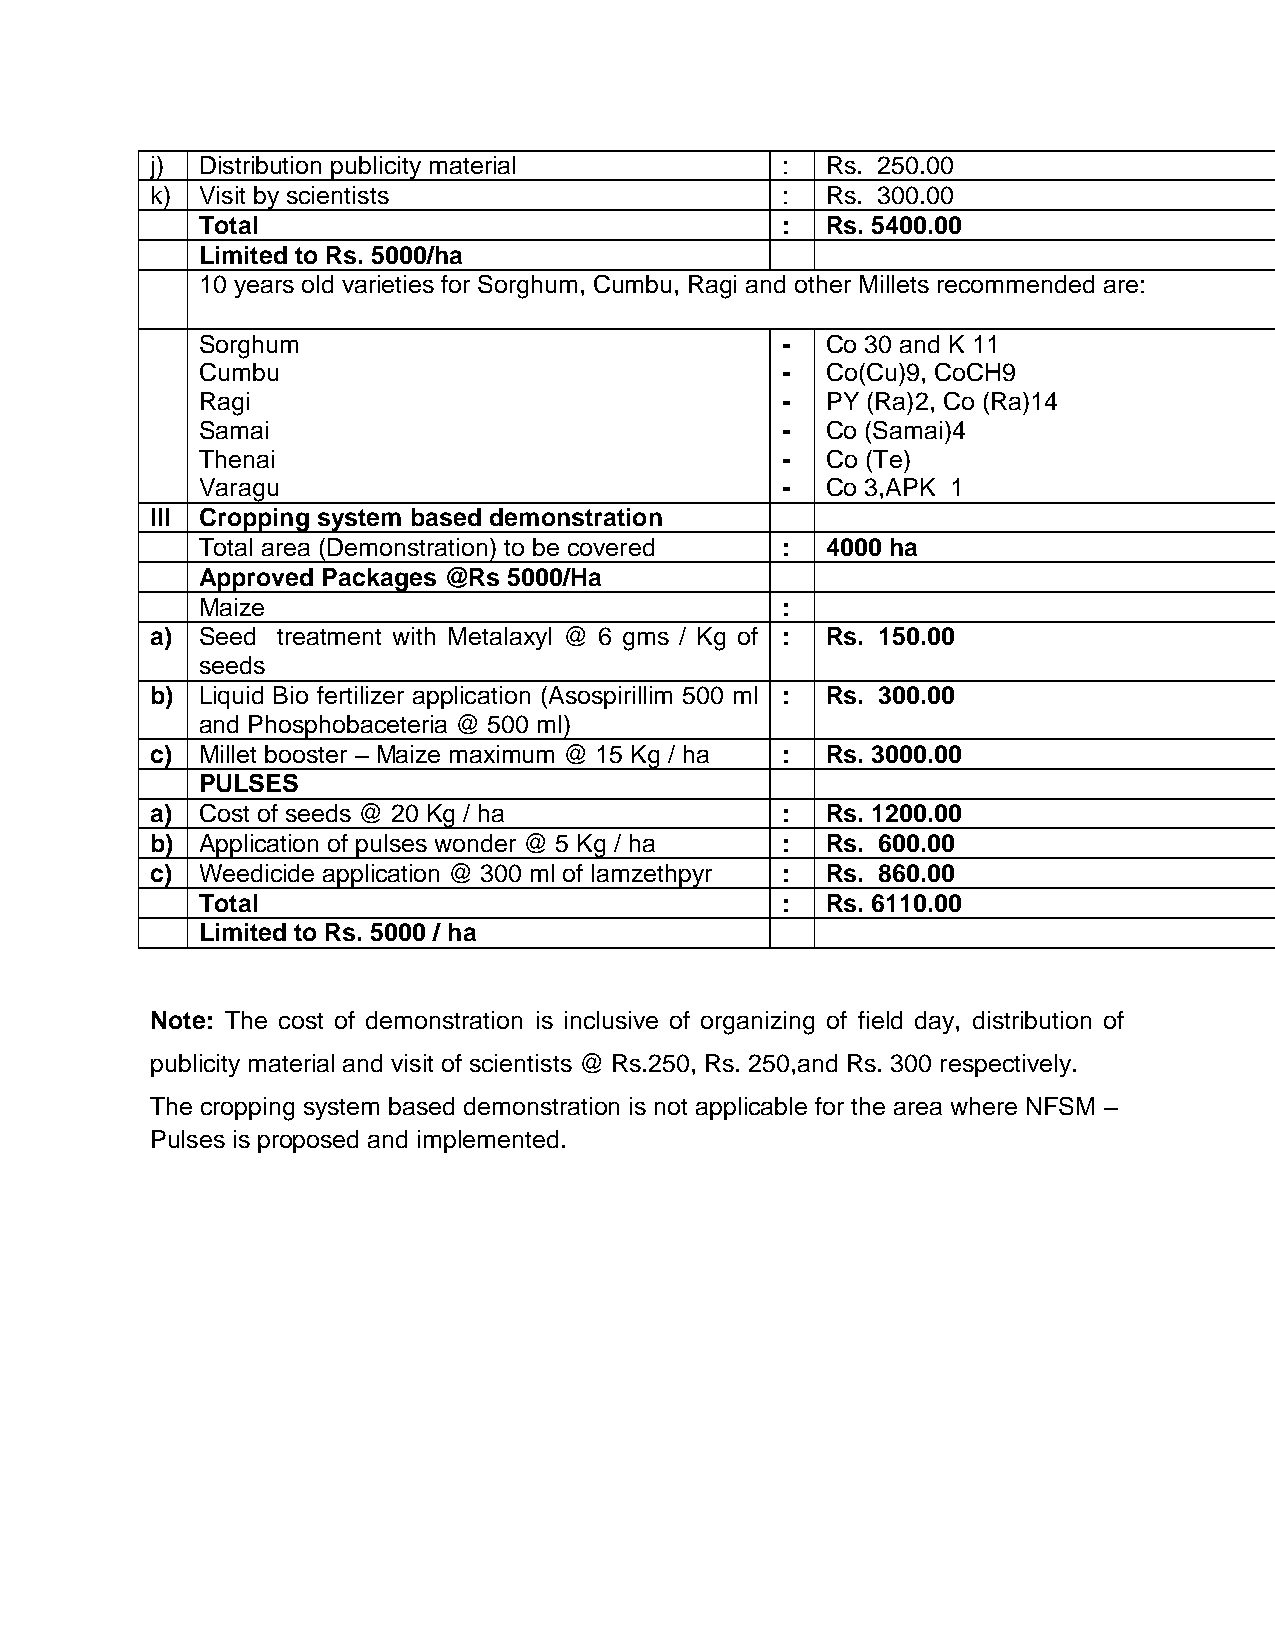
j) Distribution publicity material        :  Rs. 250.00
 k) Visit by scientists                    :  Rs. 300.00
 Total                                  :  Rs. 5400.00
 Limited to Rs. 5000/ha
 10 years old varieties for Sorghum, Cumbu, Ragi and other Millets recommended are:
 Sorghum                                -  Co 30 and K 11
 Cumbu                                  -  Co(Cu)9, CoCH9
 Ragi                                   -  PY (Ra)2, Co (Ra)14
 Samai                                  -  Co (Samai)4
 Thenai                                 -  Co (Te)
 Varagu                                 -  Co 3,APK 1
 III Cropping system based demonstration
 Total area (Demonstration) to be covered : 4000 ha
 Approved Packages @Rs 5000/Ha
 Maize                                  :
 a) Seed treatment with Metalaxyl @ 6 gms / Kg of : Rs. 150.00
 seeds
 b) Liquid Bio fertilizer application (Asospirillim 500 ml : Rs. 300.00
 and Phosphobaceteria @ 500 ml)
 c) Millet booster – Maize maximum @ 15 Kg / ha : Rs. 3000.00
 PULSES
 a) Cost of seeds @ 20 Kg / ha             :  Rs. 1200.00
 b) Application of pulses wonder @ 5 Kg / ha : Rs. 600.00
 c) Weedicide application @ 300 ml of lamzethpyr : Rs. 860.00
 Total                                  :  Rs. 6110.00
 Limited to Rs. 5000 / ha
 Note: The cost of demonstration is inclusive of organizing of field day, distribution of
 publicity material and visit of scientists @ Rs.250, Rs. 250,and Rs. 300 respectively.
 The cropping system based demonstration is not applicable for the area where NFSM –
 Pulses is proposed and implemented.